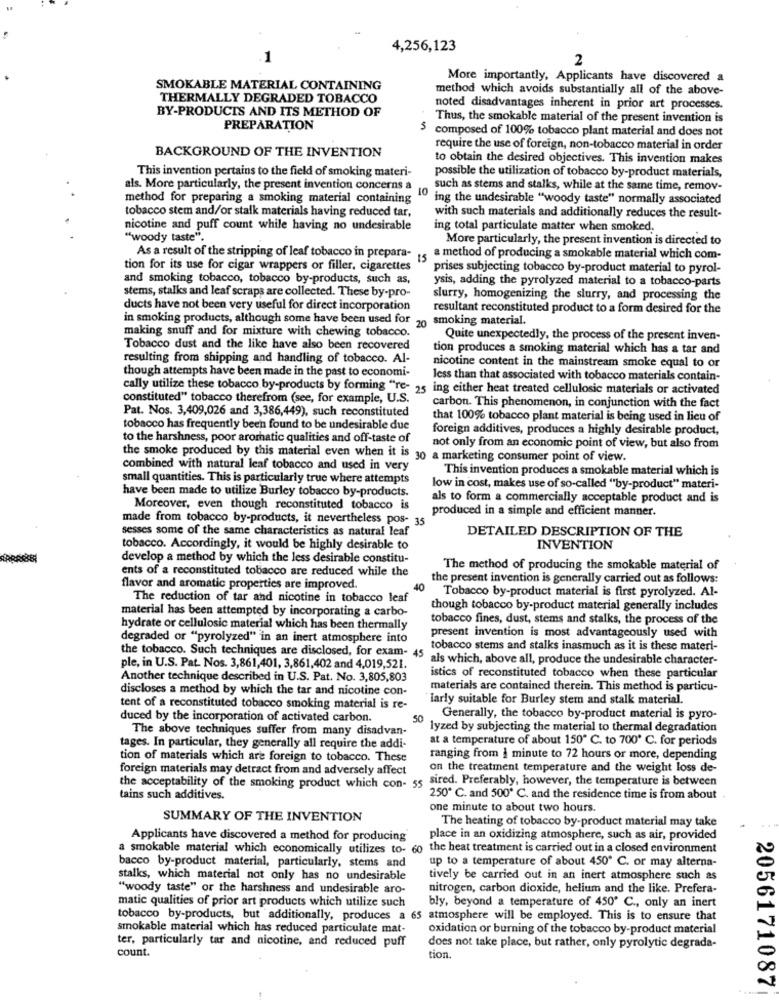
4,256,123
1
2
More importantly, Applicants have discovered a
SMOKABLE MATERIAL CONTAINING
method which avoids substantially all of the above-
THERMALLY DEGRADED TOBACCO
BY-PRODUCTS AND ITS METHOD OF
noted disadvantages inherent in prior art processes.
Thus, the smokable material of the present invention is
PREPARATION
$ composed of 100% tobacco plant material and does not
require the use of foreign, non-tobacco material in order
BACKGROUND OF THE INVENTION
to obtain the desired objectives. This invention makes
This invention pertains to the field of smoking materi-
possible the utilization of tobacco by-product materials,
als. More particularly, the present invention concerns a
10
such as stems and stalks, while at the same time, remov-
method for preparing a smoking material containing
ing the undesirable "woody taste" normally associated
tobacco stem and/or stalk materials having reduced tar,
with such materials and additionally reduces the result-
nicotine and puff count while having no undesirable
ing total particulate matter when smoked.
"woody taste".
More particularly, the present invention is directed to
As a result of the stripping of leaf tobacco in prepara-
15
a method of producing a smokable material which com-
tion for its use for cigar wrappers or filler, cigarettes
prises subjecting tobacco by-product material to pyrol-
and smoking tobacco, tobacco by-products, such as,
ysis, adding the pyrolyzed material to a tobacco-parts
stems, stalks and leaf scraps are collected. These by-pro-
slurry, homogenizing the slurry, and processing the
ducts have not been very useful for direct incorporation
resultant reconstituted product to a form desired for the
in smoking products, although some have been used for
20 smoking material.
making snuff and for mixture with chewing tobacco.
Quite unexpectedly, the process of the present inven-
Tobacco dust and the like have also been recovered
tion produces a smoking material which has a tar and
resulting from shipping and handling of tobacco. Al-
nicotine content in the mainstream smoke equal to or
though attempts have been made in the past to economi-
less than that associated with tobacco materials contain-
cally utilize these tobacco by-products by forming "re- 25 ing either heat treated cellulosic materials or activated
constituted" tobacco therefrom (see, for example, U.S.
Pat. Nos. 3,409,026 and 3,386,449), such reconstituted
carbon. This phenomenon, in conjunction with the fact
that 100% tobacco plant material is being used in lieu of
tobacco has frequently been found to be undesirable due
foreign additives, produces a highly desirable product,
to the harshness, poor aromatic qualities and off-taste of
not only from an economic point of view, but also from
the smoke produced by this material even when it is 30 a marketing consumer point of view.
combined with natural leaf tobacco and used in very
This invention produces a smokable material which is
small quantities. This is particularly true where attempts
have been made to utilize Burley tobacco by-products.
low in cost, makes use of so-called "by-product" materi-
als to form a commercially acceptable product and is
Moreover, even though reconstituted tobacco is
produced in a simple and efficient manner.
made from tobacco by-products, it nevertheless pos- 35
sesses some of the same characteristics as natural leaf
DETAILED DESCRIPTION OF THE
tobacco. Accordingly, it would be highly desirable to
INVENTION
develop a method by which the less desirable constitu-
The method of producing the smokable material of
ents of a reconstituted tobacco are reduced while the
the present invention is generally carried out as follows:
flavor and aromatic properties are improved.
40
Tobacco by-product material is first pyrolyzed. Al-
The reduction of tar and nicotine in tobacco leaf
material has been attempted by incorporating a carbo-
though tobacco by-product material generally includes
tobacco fines, dust, stems and stalks, the process of the
hydrate or cellulosic material which has been thermally
degraded or "pyrolyzed" in an inert atmosphere into
present invention is most advantageously used with
the tobacco. Such techniques are disclosed, for exam- 45
tobacco stems and stalks inasmuch as it is these materi-
als which, above all, produce the undesirable character-
ple, in U.S. Pat. Nos. 3,861,401, 3,861,402 and 4,019,521.
Another technique described in U.S. Pat. No. 3,805,803
istics of reconstituted tobacco when these particular
discloses a method by which the tar and nicotine con-
materials are contained therein. This method is particu-
larly suitable for Burley stem and stalk material.
tent of a reconstituted tobacco smoking material is re-
duced by the incorporation of activated carbon.
50
Generally, the tobacco by-product material is pyro-
The above techniques suffer from many disadvan-
lyzed by subjecting the material to thermal degradation
at a temperature of about 150º C. to 700º C. for periods
tages. In particular, they generally all require the addi-
tion of materials which are foreign to tobacco. These
ranging from | minute to 72 hours or more, depending
foreign materials may detract from and adversely affect
on the treatment temperature and the weight loss de-
sired. Preferably, however, the temperature is between
the acceptability of the smoking product which con- 55
tains such additives.
250º C. and 500º C. and the residence time is from about
one minute to about two hours.
SUMMARY OF THE INVENTION
The heating of tobacco by-product material may take
Applicants have discovered a method for producing
place in an oxidizing atmosphere, such as air, provided
a smokable material which economically utilizes to- 60 the heat treatment is carried out in a closed environment
bacco by-product material, particularly, stems and
up to a temperature of about 450º C. or may alterna-
stalks, which material not only has no undesirable
tively be carried out in an inert atmosphere such as
"woody taste" or the harshness and undesirable aro-
nitrogen, carbon dioxide, helium and the like. Prefera-
matic qualities of prior art products which utilize such
bly, beyond a temperature of 450' C ., only an inert
tobacco by-products, but additionally, produces a 65 atmosphere will be employed. This is to ensure that
smokable material which has reduced particulate mat-
oxidation or burning of the tobacco by-product material
ter, particularly tar and nicotine, and reduced puff
count.
does not take place, but rather, only pyrolytic degrada-
tion.
20561710871